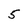
Character: 5